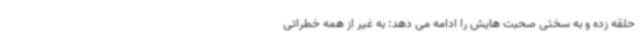
حلقه زده و به سختی صحبت هایش را ادامه می دهد: به غیر از همه خطراتی